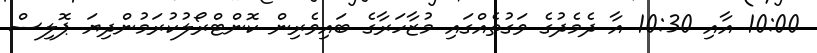
10:00 އާއި 10:30 އާ ދެމެދުގެ ވަގުތެއްގައި މުޒާހަރާގެ ބައިވެރިން ކޮންޓްރޯލުކުރަމުންދިޔަ ޕޮލިސް